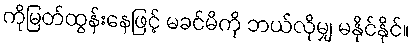
ကိုမြတ်ထွန်းနေဖြင့် မခင်မိကို ဘယ်လိုမျှ မနိုင်နိုင်။